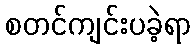
စတင်ကျင်းပခဲ့ရာ